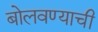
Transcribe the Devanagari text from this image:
बोलवण्याची